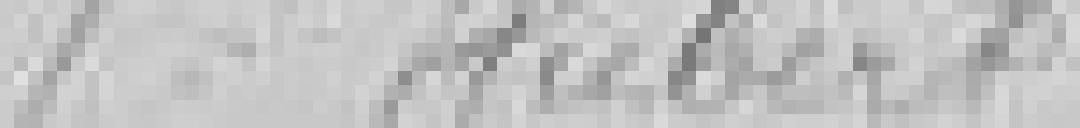
Veuve Hubert